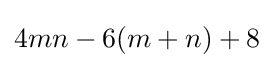
4mn-6(m+n)+8